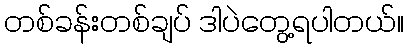
တစ်ခန်းတစ်ချပ် ဒါပဲတွေ့ရပါတယ်။